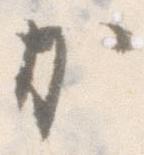
か